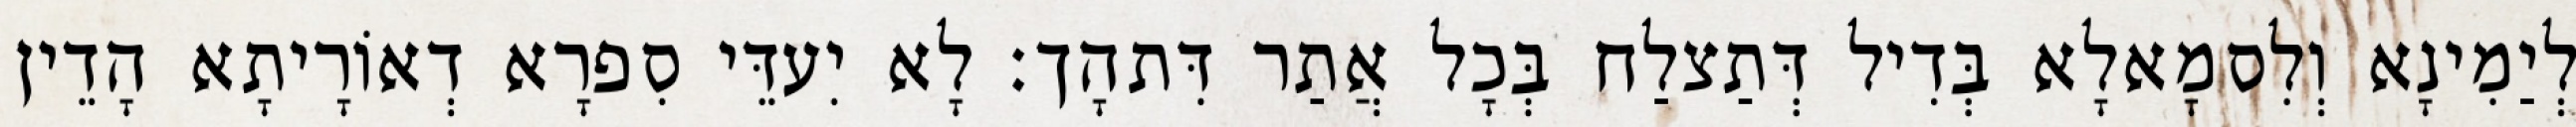
לְיַמִינָא וְלִסמָאלָא בְּדִיל דְּתַצלַח בְּכָל אֲתַר דִּתהָך׃ לָא יִעדֵּי סִפרָא דְאוֹרָיתָא הָדֵין